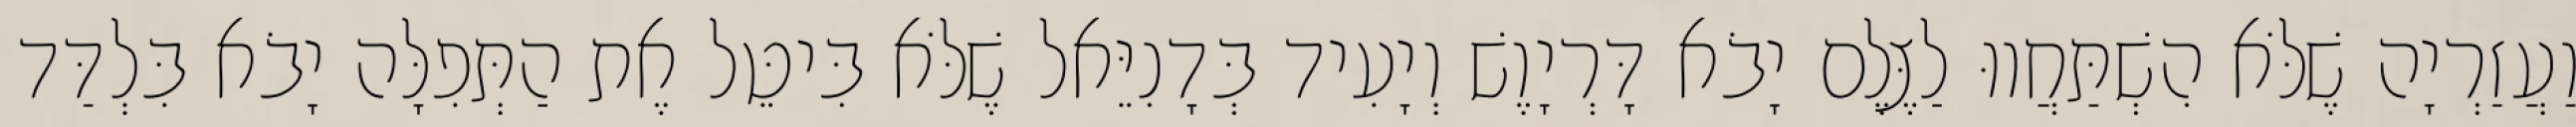
וַעֲזַרְיָה שֶׁלֹּא הִשְׁתַּחֲווּ לַצֶּלֶם יָבֹא דָּרְיָוֶשׁ וְיָעִיד בְּדָנִיֵּאל שֶׁלֹּא בִּיטֵּל אֶת הַתְּפִלָּה יָבֹא בִּלְדַּד